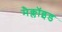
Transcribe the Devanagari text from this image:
मैक्लॉइड